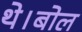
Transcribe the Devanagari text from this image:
थे।बोल